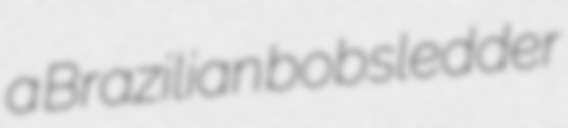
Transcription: a Brazilian bobsledder